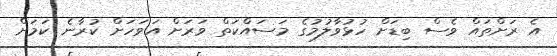
އެ ރަށްތައް ވެސް ބިޑަށް ހުޅުވާލުމުގެ މަސައްކަތް ވަރަށް އަވަހަށް ކުރާނެ ކަމަށް